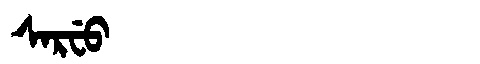
Manchu: ᠰᠠᡵᠸᡠ
Romanization: SARFU